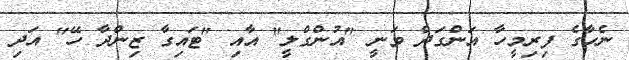
ނެހާގެ ފިރިމީހާ އަންގަދް ވަނީ "އުންގްލީ" އާއި "ޓައިގާ ޒިންދާ ހޭ" އަދި